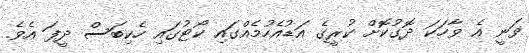
ވަނީ އެ ވާހަކަ ދޮގުކޮށް ކުރީގެ އަޑުއެހުމެއްގައި ކޯޓުގައި ހެކިބަސް ދީފަ އެވެ.